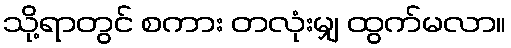
သို့ရာတွင် စကား တလုံးမျှ ထွက်မလာ။